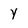
Character: Y